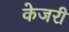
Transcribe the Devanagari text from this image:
केजरी